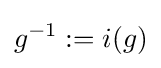
g^{-1}:=i(g)